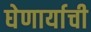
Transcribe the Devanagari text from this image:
घेणार्याची